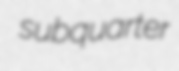
subquarter